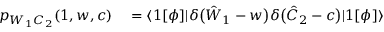
\begin{array} { r l } { p _ { W _ { 1 } C _ { 2 } } ( 1 , w , c ) } & { { } = \langle 1 [ \phi ] | \delta \bigl ( \hat { W } _ { 1 } - w \bigr ) \delta \bigl ( \hat { C } _ { 2 } - c \bigr ) | 1 [ \phi ] \rangle } \end{array}